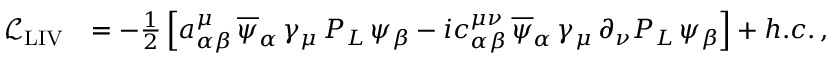
\begin{array} { r l } { \mathcal { L } _ { \mathrm { L I V } } } & { = - \frac { 1 } { 2 } \left[ a _ { \alpha \beta } ^ { \mu } \, \overline { { \psi } } _ { \alpha } \, \gamma _ { \mu } \, P _ { L } \, \psi _ { \beta } - i c _ { \alpha \beta } ^ { \mu \nu } \, \overline { { \psi } } _ { \alpha } \, \gamma _ { \mu } \, \partial _ { \nu } P _ { L } \, \psi _ { \beta } \right] + h . c . \, , } \end{array}